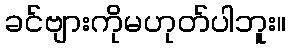
ခင်ဗျားကိုမဟုတ်ပါဘူး။